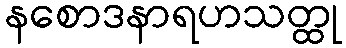
နစောဒနာရဟသတ္ထု